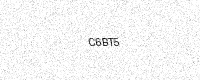
Text: C6BT5